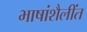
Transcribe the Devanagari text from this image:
भाषांशैलींत